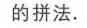
的拼法.